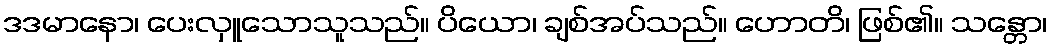
ဒဒမာနော၊ ပေးလှူသောသူသည်။ ပိယော၊ ချစ်အပ်သည်။ ဟောတိ၊ ဖြစ်၏။ သန္တော၊